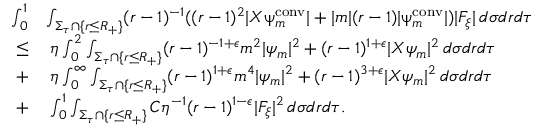
\begin{array} { r l } { \int _ { 0 } ^ { 1 } } & { \int _ { \Sigma _ { \tau } \cap \{ r \leq R _ { + } \} } ( r - 1 ) ^ { - 1 } ( ( r - 1 ) ^ { 2 } | X \uppsi _ { m } ^ { \mathrm { c o n v } } | + | m | ( r - 1 ) | \uppsi _ { m } ^ { \mathrm { c o n v } } | ) | F _ { \xi } | \, d \sigma d r d \tau } \\ { \leq } & { \: \eta \int _ { 0 } ^ { 2 } \int _ { \Sigma _ { \tau } \cap \{ r \leq R _ { + } \} } ( r - 1 ) ^ { - 1 + \epsilon } m ^ { 2 } | \psi _ { m } | ^ { 2 } + ( r - 1 ) ^ { 1 + \epsilon } | X \psi _ { m } | ^ { 2 } \, d \sigma d r d \tau } \\ { + } & { \: \eta \int _ { 0 } ^ { \infty } \int _ { \Sigma _ { \tau } \cap \{ r \leq R _ { + } \} } ( r - 1 ) ^ { 1 + \epsilon } m ^ { 4 } | \psi _ { m } | ^ { 2 } + ( r - 1 ) ^ { 3 + \epsilon } | X \psi _ { m } | ^ { 2 } \, d \sigma d r d \tau } \\ { + } & { \: \int _ { 0 } ^ { 1 } \int _ { \Sigma _ { \tau } \cap \{ r \leq R _ { + } \} } C \eta ^ { - 1 } ( r - 1 ) ^ { 1 - \epsilon } | F _ { \xi } | ^ { 2 } \, d \sigma d r d \tau . } \end{array}